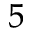
_ { 5 }